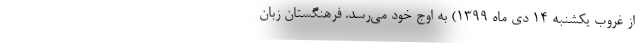
از غروب یکشنبه ۱۴ دی‌ ماه ۱۳۹۹) به اوج خود می‌رسد. فرهنگستان زبان